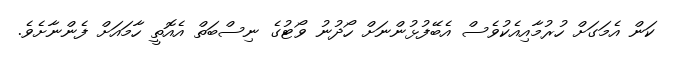
ކަން އެމަގަށް ހުރުމާއިއެކުވެސް އެބޭފުޅުންނަށް ހޯދުނު ވޯޓުގެ ނިސްބަތް އެއޮތީ ހާމައަށް ފެންނާށެވެ.